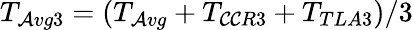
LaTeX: T_{\mathcal{A}vg3}=(T_{\mathcal{A}vg}+T_{\mathcal{C}\mathcal{C}R3}+T_{TLA3})/3